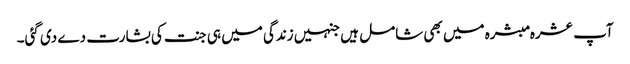
آپ عشرہ مبشرہ میں بھی شامل ہیں جنہیں زندگی میں ہی جنت کی بشارت دے دی گئی۔